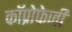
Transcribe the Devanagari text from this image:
कॉप्रोफेजी